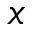
x